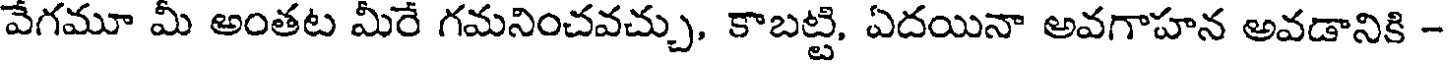
వేగమూ మీ అంతట మీరే గమనించవచ్చు, కాబట్టి, ఏదయినా అవగాహన అవడానికి -